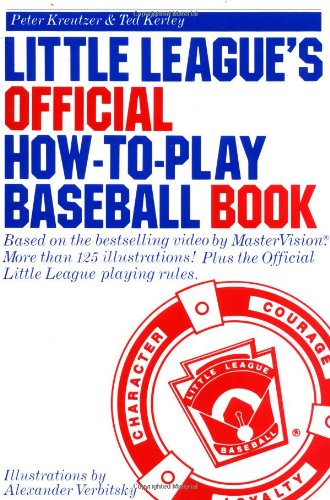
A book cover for Little League's Official How-to-Play Baseball Book; Peter Kreutzer; Sports & Outdoors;